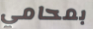
بمحامي